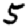
Digit: 5